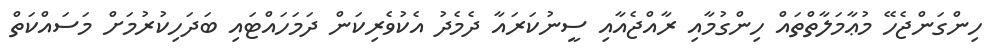
ހިންގަންޖެހޭ މުޢާމަލާތްތައް ހިންގުމާއި ރާއްޖެއާއި ސީނުކަރައާ ދެމެދު އެކުވެރިކަން ދަމަހައްޓައި ބަދަހިކުރުމަށް މަސައްކަތް